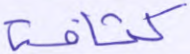
كثافة